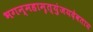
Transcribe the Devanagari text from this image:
भगन्महामृत्युंजयदेवताय